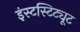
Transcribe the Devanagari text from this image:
इंस्टस्टिट्यूट